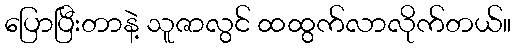
ပြောပြီးတာနဲ့ သူဇာလွင် ထထွက်လာလိုက်တယ်။